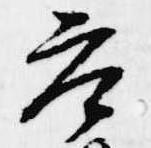
参